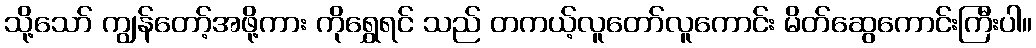
သို့သော် ကျွန်တော့်အဖို့ကား ကိုရွှေရင် သည် တကယ့်လူတော်လူကောင်း မိတ်ဆွေကောင်းကြီးပါ။